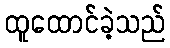
ထူထောင်ခဲ့သည်